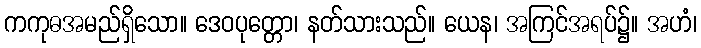
ကကုဓအမည်ရှိသော။ ဒေဝပုတ္တော၊ နတ်သားသည်။ ယေန၊ အကြင်အရပ်၌။ အဟံ၊